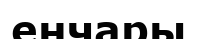
енчары